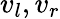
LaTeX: v_{l},v_{r}